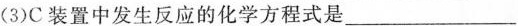
(3)C装置中发生反应的化学方程式是___